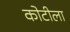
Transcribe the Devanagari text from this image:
कोटीला